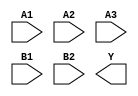
module sky130_fd_sc_hd__o32ai (
    //# {{data|Data Signals}}
    input  A1,
    input  A2,
    input  A3,
    input  B1,
    input  B2,
    output Y
);

    // Voltage supply signals
    supply1 VPWR;
    supply0 VGND;
    supply1 VPB ;
    supply0 VNB ;

endmodule